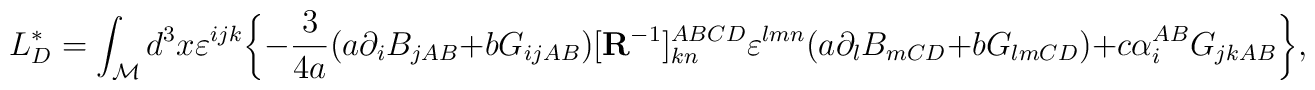
L_{D}^{\ast }=\int_{\cal M}d^{3}x\varepsilon ^{ijk}\bigg \{-{\frac{3}{4a}}(a\partial _{i}B_{jAB}+bG_{ijAB})[{\bf R}^{-1}]_{kn}^{ABCD}\varepsilon^{lmn}(a\partial _{l}B_{mCD}+bG_{lmCD})+c\alpha _{i}^{AB}G_{jkAB}\bigg\},